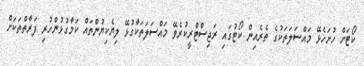
ކޯޓަށް ހުށަހެޅޭ މައްސަލަތަކުގެ ތެރެއިން ކޯޓުގައި ރަޖިސްޓްރީކުރެވޭ މައްސަލަތަކާގުޅޭ ލިޔެކިޔުންތައް ކަމާގުޅުންހުރި ފަރާތްތަކަށް